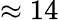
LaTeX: \approx 14